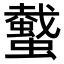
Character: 𧓤